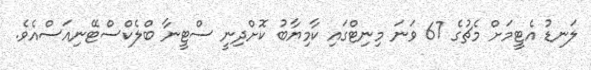
ލަނޑު އެޓީމަށް މެޗުގެ 67 ވަނަ މިނިޓްގައި ކާމިޔާބު ކޮށްދިނީ ސްޓީނާ ބްލެކްސްޓޭނިއަސްއެވެ.